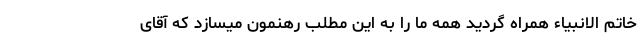
خاتم الانبیاء همراه گردید همه ما را به این مطلب رهنمون میسازد که آقای